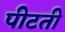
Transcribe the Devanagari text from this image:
पीटती